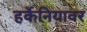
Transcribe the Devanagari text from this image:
हर्केनियावर